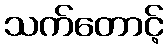
သက်တောင့်